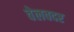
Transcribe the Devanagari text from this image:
वेलवदर